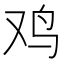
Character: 鸡